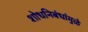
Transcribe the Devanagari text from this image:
शोधनिबंधांमुळे